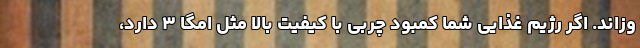
وزاند. اگر رژیم غذایی شما کمبود چربی با کیفیت بالا مثل امگا ۳ دارد،